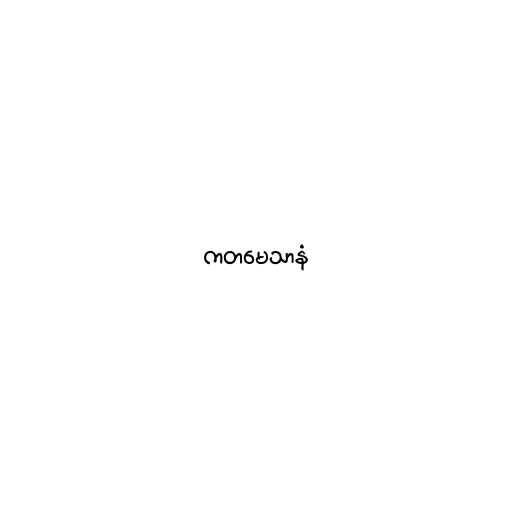
ကတမေသာနံ